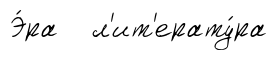
Э́ра л'ит'ерату́ра